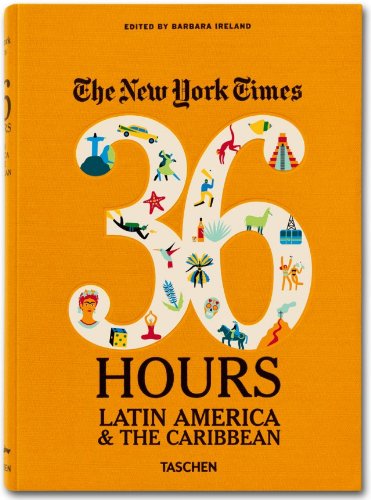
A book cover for The New York Times: 36 Hours Latin America & The Caribbean; Travel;